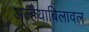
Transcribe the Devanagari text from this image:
अल्हैयाबिलावल